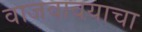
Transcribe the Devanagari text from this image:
वाजवावयाचा